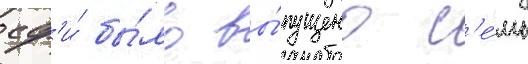
сф'и́ бы́ло вы́пущено с'е́мь